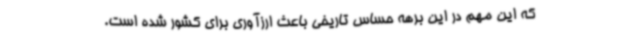
که این مهم در این برهه حساس تاریخی باعث ارزآوری برای کشور شده است.